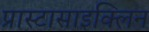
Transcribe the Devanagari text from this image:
प्रास्टासाइक्लिन